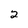
Character: 2